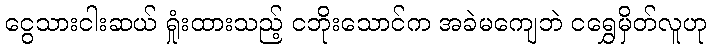
ငွေသားငါးဆယ် ရှုံးထားသည့် ငဘိုးသောင်က အခဲမကျေဘဲ ငရွှေမှိတ်လူဟု